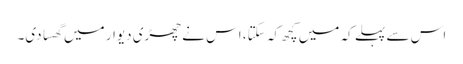
اس سے پہلے کہ میں کچھ کہ سکتا، اس نے چھڑی دیوار میں گھسا دی۔